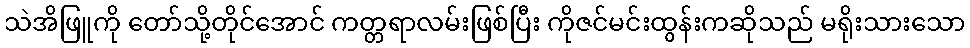
သဲအိဖြူကို တော်သို့တိုင်အောင် ကတ္တရာလမ်းဖြစ်ပြီး ကိုဇင်မင်းထွန်းကဆိုသည် မရိုးသားသော